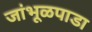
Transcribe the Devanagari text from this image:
जांभूळपाडा